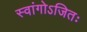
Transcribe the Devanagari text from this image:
स्वांगोऽजितः